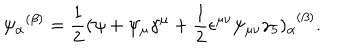
{ \psi _ { \alpha } } ^ { ( \beta ) } = \frac { 1 } { 2 } ( \psi + \psi _ { \mu } \gamma ^ { \mu } + \frac { 1 } { 2 } \epsilon ^ { \mu \nu } \psi _ { \mu \nu } \gamma _ { 5 } ) _ { \alpha } ^ { \ \ ( \beta ) } .